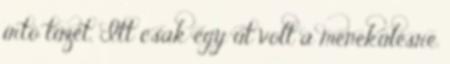
irtó tüzet. Itt csak egy út volt a menekülésre.